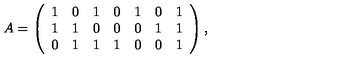
A = \left( \begin{array} { c c c c c c c } { 1 } & { 0 } & { 1 } & { 0 } & { 1 } & { 0 } & { 1 } \\ { 1 } & { 1 } & { 0 } & { 0 } & { 0 } & { 1 } & { 1 } \\ { 0 } & { 1 } & { 1 } & { 1 } & { 0 } & { 0 } & { 1 } \\ \end{array} \right) ,